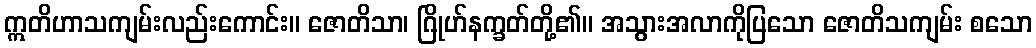
ဣတိဟာသကျမ်းလည်းကောင်း။ ဇောတိသာ၊ ဂြိုဟ်နက္ခတ်တို့၏။ အသွားအလာကိုပြသော ဇောတိသကျမ်း စသော